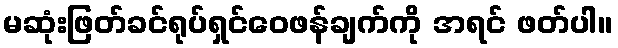
မဆုံးဖြတ်ခင်ရုပ်ရှင်ဝေဖန်ချက်ကို အရင် ဖတ်ပါ။